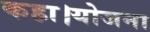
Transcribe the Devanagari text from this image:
कहा।योजना